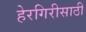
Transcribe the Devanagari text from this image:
हेरगिरीसाठी